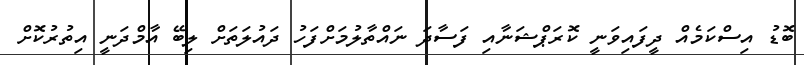
ބޮޑު އިސްކަމެއް ދީފައިވަނީ ކޮރަޕްޝަނާއި ފަސާދަ ނައްތާލުމަށްފަހު ދައުލަތަށް ލިބޭ އާމްދަނީ އިތުރުކޮށް